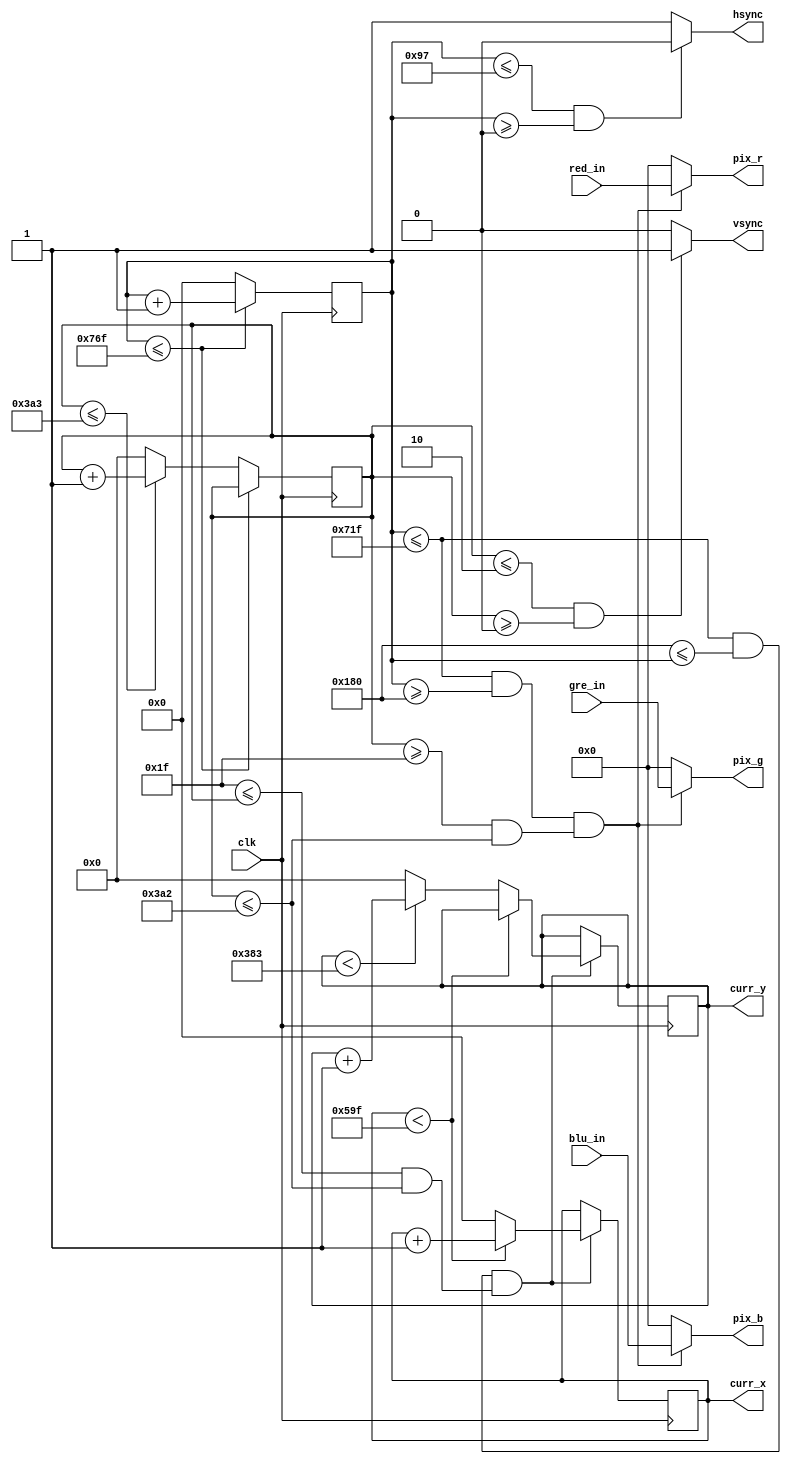
`timescale 1ns / 1ps
//////////////////////////////////////////////////////////////////////////////////
// Company: 
// Engineer: 
// 
// Design Name: 
// Module Name: vga_out
// Project Name: 
// Target Devices: 
// Tool Versions: 
// Description: 
// 
// Dependencies: 
// 
// Revision:
// Revision 0.01 - File Created
// Additional Comments:
// 
//////////////////////////////////////////////////////////////////////////////////


module vga_out(
    input clk,
    input [3:0] red_in,
    input [3:0] blu_in,
    input [3:0] gre_in,
    output [3:0] pix_r,
    output [3:0] pix_g,
    output [3:0] pix_b,
    output wire hsync,
    output wire vsync,
    output reg [10:0] curr_x,
    output reg [9:0] curr_y
    );
    
    reg [10:0] hcount = 0;
    reg [9:0]  vcount = 0;

        
    always@(posedge clk)
	begin
	if (hcount <= 11'd1903) //1904
		begin
			hcount <= hcount + 1'b1; 
		end
	else 
		begin
			hcount <= 11'd0;
			if (vcount <= 10'd931) //931
				begin
					vcount <= vcount + 1'b1;
				end
			else
				begin
					vcount <= 10'd0;
				end
		end

	end
        
	assign hsync = (hcount <= 11'd151 && hcount >= 11'd0) ? 0:
					1;
	assign vsync = (vcount <= 2'd2 && vcount >= 0) ? 1:
					0; 
    
    always@(posedge clk)
    begin
        if ((hcount<=11'd1823 && 11'd384<=hcount) && (10'd31<=vcount && vcount<=10'd930))
			begin
				if (curr_x<11'd1439)
					begin
					 curr_x <= curr_x + 1'd1; 
					end
				 else 
					begin 
						curr_x <= 11'd0;
						if (curr_y<10'd899)
							begin
								curr_y <= curr_y + 1'd1;  
							end
						else
							begin
								curr_y <= 10'd0;
							end
					end
           
        
			end
    end      
    
    localparam hmax = 1823;
    localparam hmin = 384;
    localparam vmax = 930;
    localparam vmin = 31;

    assign pix_r = ((hcount <= hmax && hcount >= hmin) && (vcount >= vmin && vcount <= vmax)) ? red_in:
                    0;
    assign pix_b = ((hcount <= hmax && hcount  >= hmin) && (vcount >= vmin && vcount <= vmax)) ? blu_in:
                    0;
    assign pix_g = ((hcount <= hmax && hcount  >= hmin) && (vcount >= vmin && vcount <= vmax)) ? gre_in:
                    0;        
                            
endmodule